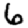
Digit: 6